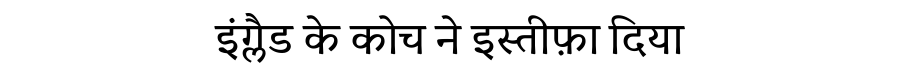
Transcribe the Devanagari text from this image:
इंग्लैड के कोच ने इस्तीफ़ा दिया